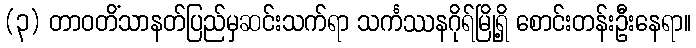
(၃) တာဝတိံသာနတ်ပြည်မှဆင်းသက်ရာ သင်္ကဿနဂိုရ်မြို့ရှိ စောင်းတန်းဦးနေရာ။